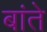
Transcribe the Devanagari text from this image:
बांते